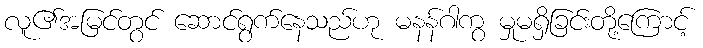
လူ၏အမြင်တွင် ဆောင်ရွက်နေသည်ဟု မနန်ဂါကွ မှုမရှိခြင်းတို့ကြောင့်